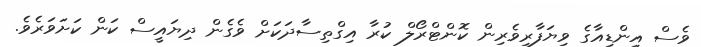
ވެސް އިންޑިއާގެ ވިޔަފާރިވެރިން ކޮންޓްރޯލް ކުރާ އިގްތިސާދަކަށް ވެގެން ދިޔައީސް ކަން ކަށަވަރެވެ.